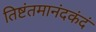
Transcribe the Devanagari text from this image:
तिष्टंतमानंदकंदं